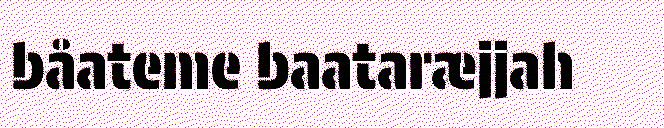
båateme baataræjjah